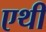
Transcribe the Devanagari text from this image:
एथी